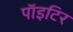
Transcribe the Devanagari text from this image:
पाॅइटिर